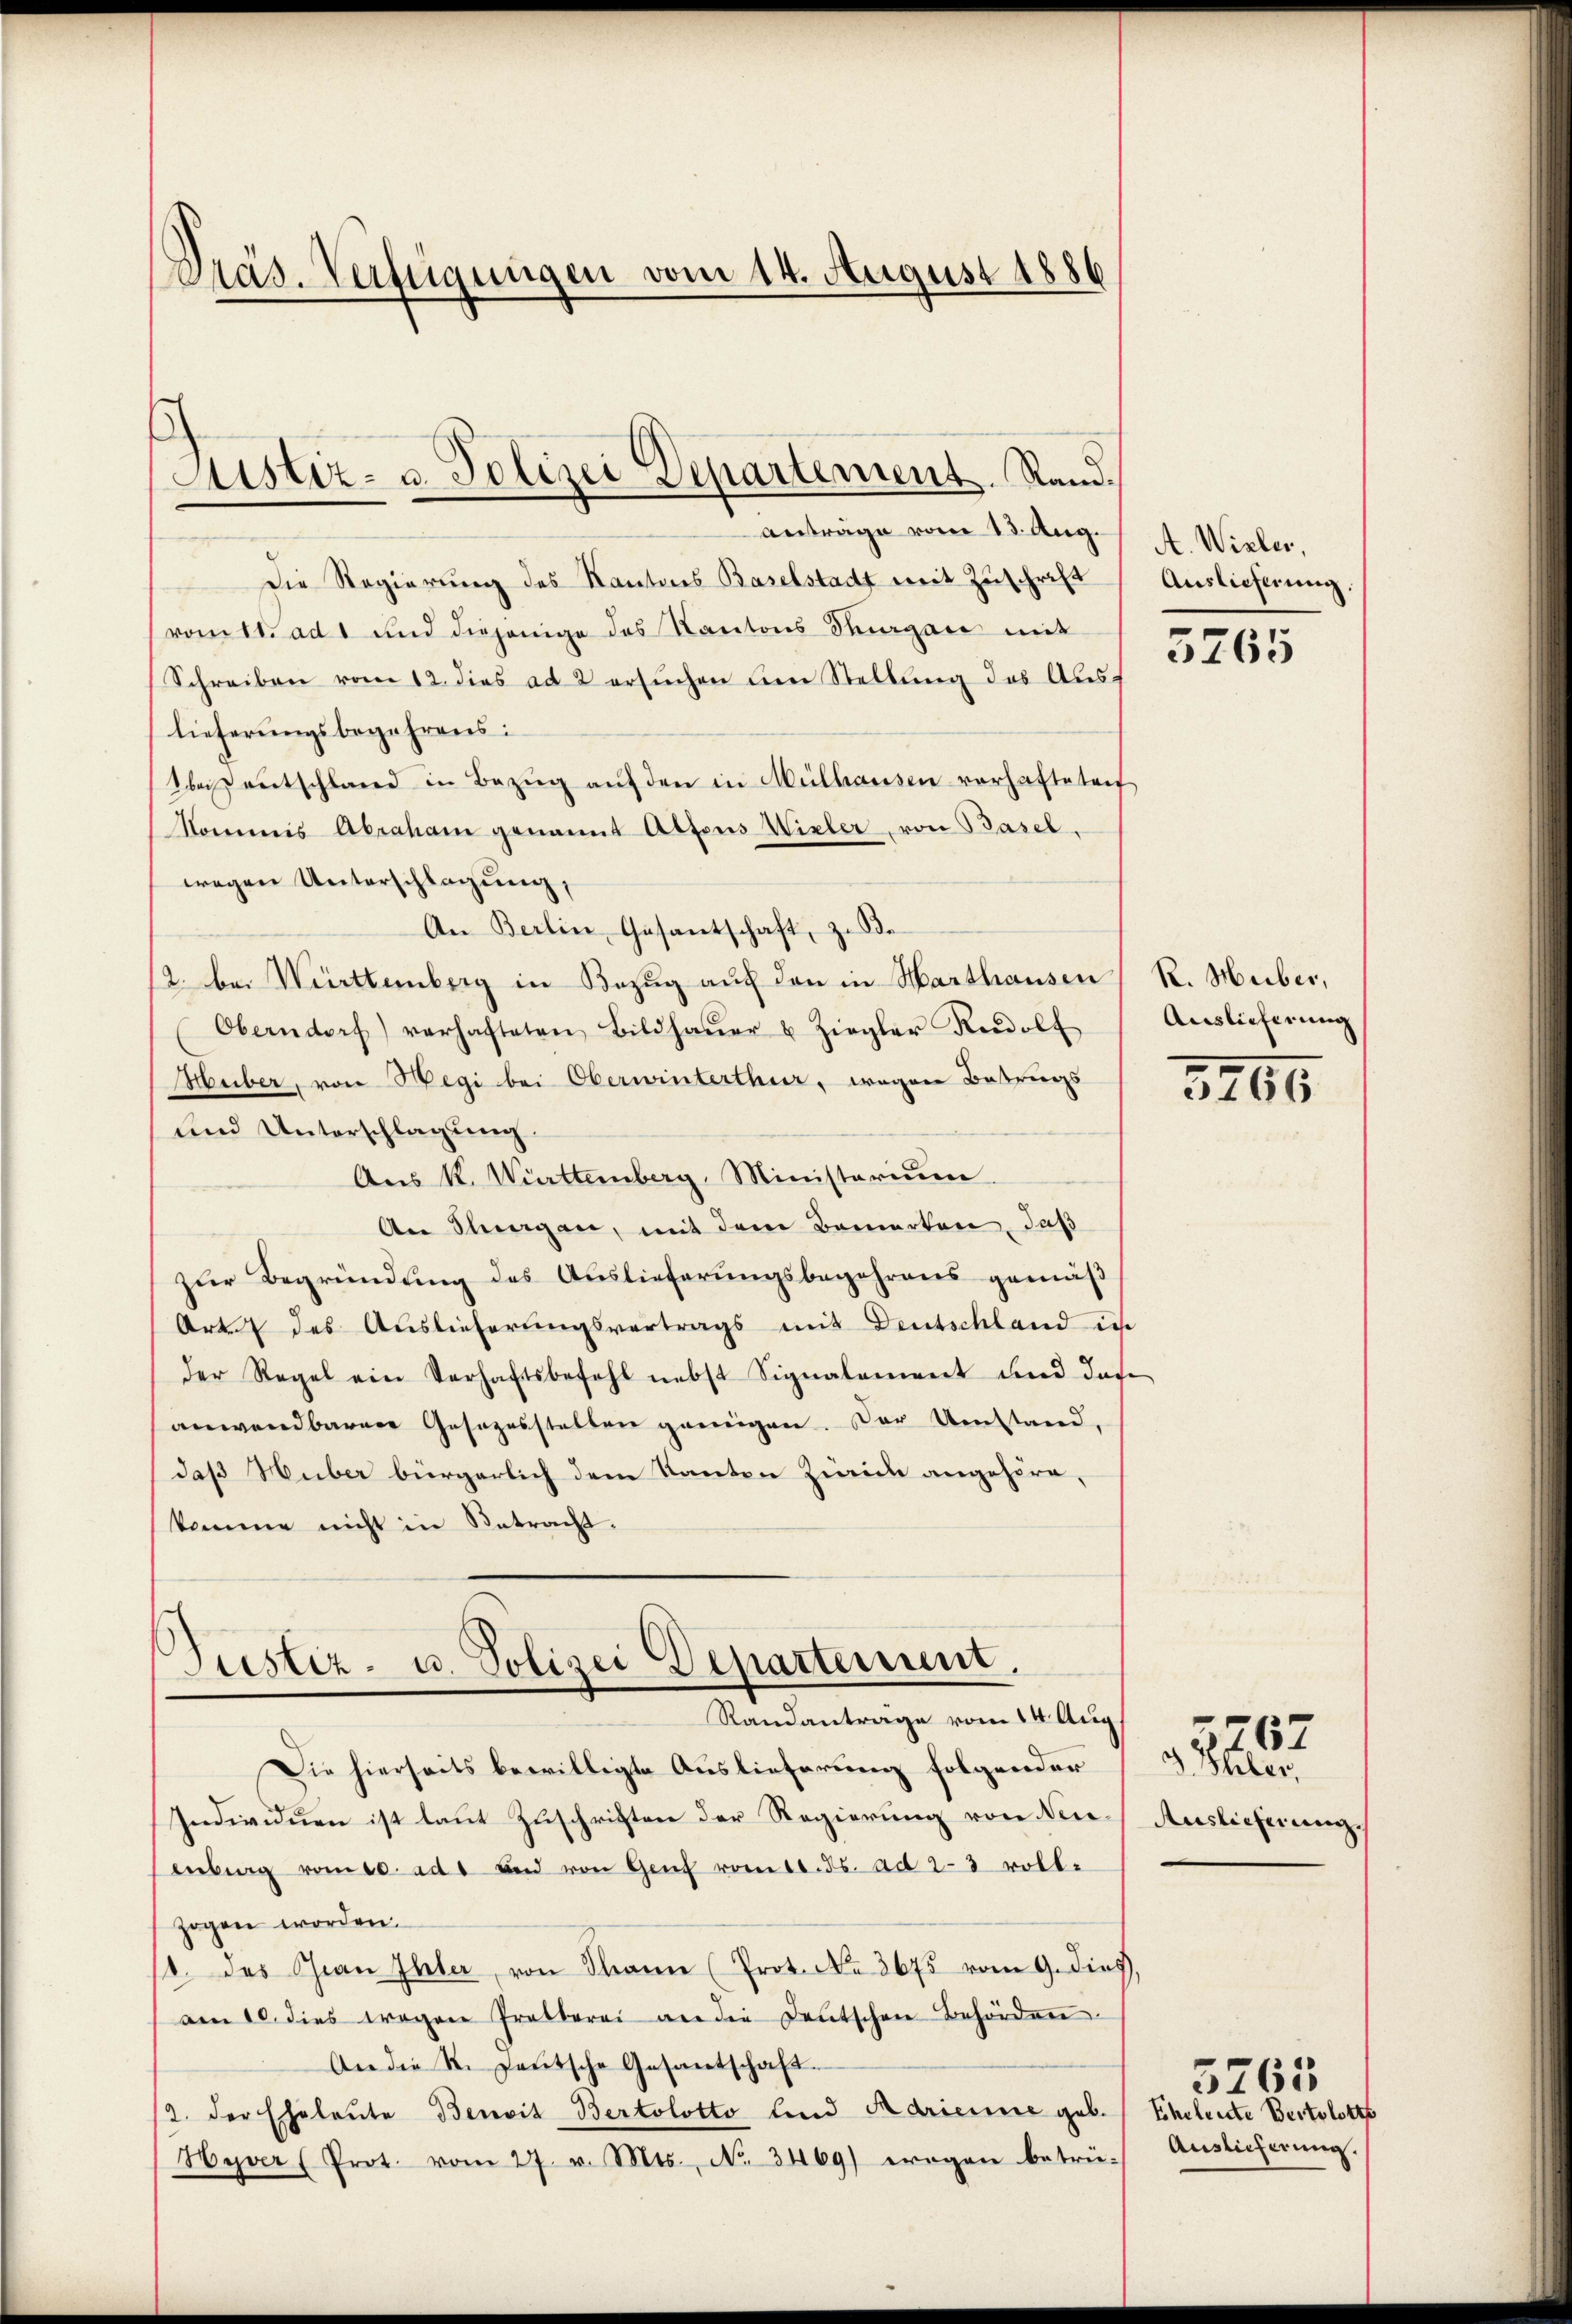
Präs. Verfügungen vom 14. August 1886

Justiz- u. Polizei Departement. Sandanträge vom 13. Aug.

Die Regierung des Kantons Baselstadt mit Zuschrift
romtt. ad 1 und diejenige des Kantons Thurgau mit
Schreiben vom 12. dies ad 2 ersuchen um Stellung des Auslieferungsbegehrens:
bei entschland in Bezŭg aŭf den in Mülhausen vorhafteten
kommis Abraham genannt Alfons Wieler, von Basel.
wegen Unterschlagung,
An Berlin, Gesantschaft, z. Be
2. bei Württemberg in Bezug auf den in Harthausen
Oberndorf) verhafteten Bildhaŭer u. Ziegler Rudolf
Huber, von Hegi bei Oberwinterthur, wegen Betrugs
und Unterschlagung.
Aus K. Württemberg, Ministerium
An Stuargau, mit dem Bemerken, daß
zŭr Begründung des Auslieferŭngsbegehrens gemäβ
Art des Auslieferungsvertrags mit Deutschland in
der Regel ein Verhaftsbefehl nebst Signalement und dase
anwendbaren Gesezesstellen genügen. Der Umstand,
daß Huber bürgerlich dem Kanton Zürich angehöre,
komne nicht in Betracht.

Justiz- u. Polizei Departement.
Randantrage vom 14. Aug.

Die hierseits bewilligte Auslieferung folgender
Individuen ist laut Zuschriften der Regierung von Neienberg vom 10. ad 1 und von Genf vom 10. ds. ad 2-3 voll-
zogen worden.
/. des Chian Ihler, von Thanne (Prot. No. 3675 vom 9. dies,
am 10. dies wegen Pratberei an die Deutschen Behörden
An die St. Jeutsche Gesantschaft.
2. der Eheleute Benoit Bertolotto und Aarienne geb.
Hyver (Prot. vom 27. v. Mts., N. 3469) wegen betrü-

A. Wieler,
Auslieferung,
-

5765

R. Heiber,
Auslicherung

3705

d Phler.
Auslieferung.

767

Eheleute Bertolott
Auslieferung.

5765